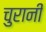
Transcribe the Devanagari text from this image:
चुरानी